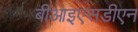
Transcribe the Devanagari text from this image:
बीआइएसडीएन